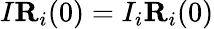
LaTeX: I{\mathbf R}_{i}(0)=I_{i}{\mathbf R}_{i}(0)